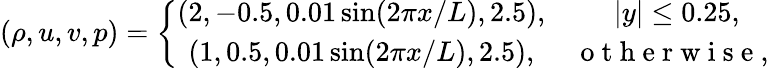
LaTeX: (\rho,u,v,p)=\left\{ \begin{array}{cc}{(2,-0.5,0.01\sin(2\pi x/L),2.5),}&{|y|\leq 0.25,}\\ {(1,0.5,0.01\sin(2\pi x/L),2.5),}&{\mathrm{~o~t~h~e~r~w~i~s~e~,~}}\end{array}\right.